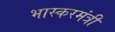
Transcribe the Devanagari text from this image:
भास्करमंत्री